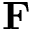
{ \bf F }